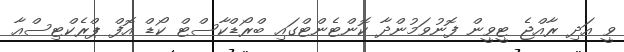
ވީ އަދި ރާއްޖެ ޓީވީން ފޮނުވަމުންދާ ކޮންޓެންޓްގައި ބްރޯޑްކާސްޓް ކޯޑް އޮފް ޕްރެކްޓިސްއާ